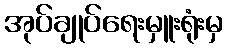
အုပ်ချုပ်ရေးမှူးရုံးမှ